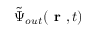
\tilde { { \Psi } } _ { o u t } ( \textbf { r } , t )